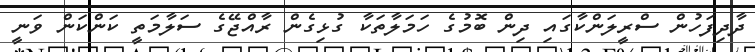
ދާދިފަހުން ސްރީލަންކާގައި ދިން ބޮމުގެ ހަމަލާތަކާ ގުޅިގެން ރާއްޖޭގެ ސަލާމަތީ ކަންކަން ވަނީ